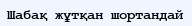
Шабақ жұтқан шортандай